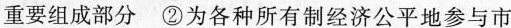
A.①② B.①③ C.②④ D.③④